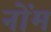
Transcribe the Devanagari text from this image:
नोंम